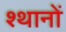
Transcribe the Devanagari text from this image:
श्थानों